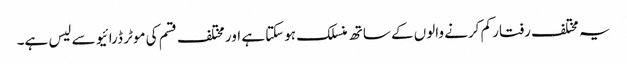
یہ مختلف رفتار کم کرنے والوں کے ساتھ منسلک ہوسکتا ہے اور مختلف قسم کی موٹر ڈرائیو سے لیس ہے۔